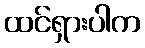
ထင်ရှားပါက